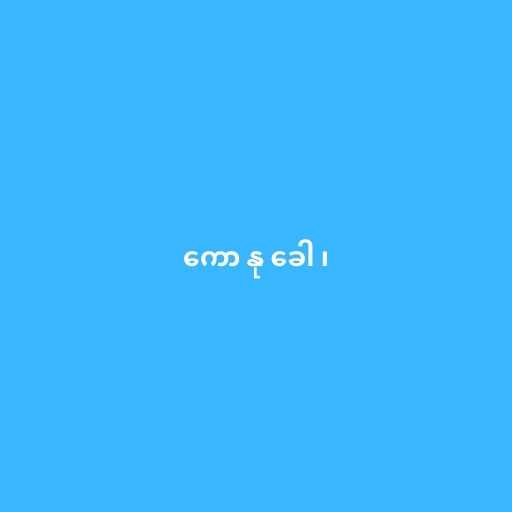
ကော နု ခေါ ၊